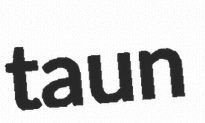
taun